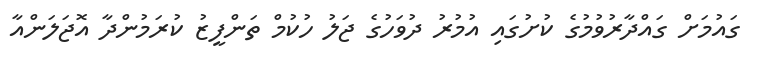
ގައުމަށް ގައްދާރުވުމުގެ ކުށުގައި އުމުރު ދުވަހުގެ ޖަލު ހުކުމް ތަންފީޒު ކުރަމުންދާ އޮޖަލަންއާ